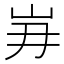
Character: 𮱥